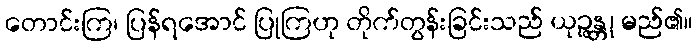
တောင်းကြ၊ ပြန်ရအောင် ပြုကြဟု တိုက်တွန်းခြင်းသည် ယုဉ္ဇန္တု မည်၏။